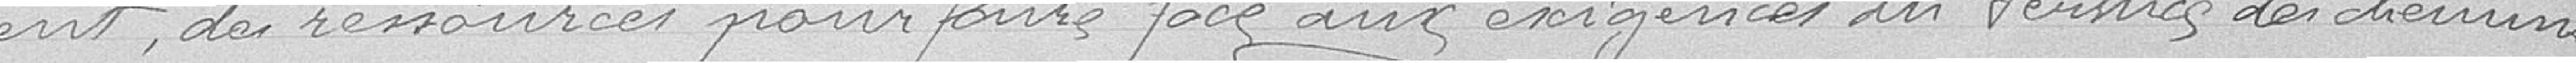
des ressources pour faire face aux exigences du service de schemins